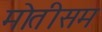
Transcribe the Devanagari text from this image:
मोतीसम